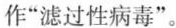
作”滤过性病毒”。